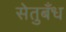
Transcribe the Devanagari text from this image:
सेतुबँध